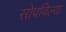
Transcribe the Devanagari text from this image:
सोपविल्या